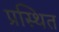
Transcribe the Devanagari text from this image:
प्रस्थित